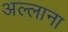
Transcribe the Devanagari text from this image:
अल्लाना